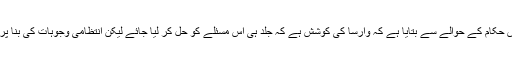
خبر رساں ادارے روئٹرز نے پولش حکام کے حوالے سے بتایا ہے کہ وارسا کی کوشش ہے کہ جلد ہی اس مسئلے کو حل کر لیا جائے لیکن انتظامی وجوہات کی بنا پر اس مزید وقت درکار ہو سکتا ہے۔